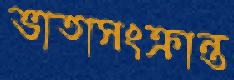
ভাতাসংক্রান্ত